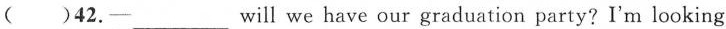
( )42.—___will we have our graduation party ? I'm looking